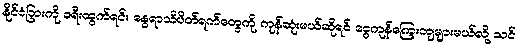
နိုင်ငံခြားကို ခရီးထွက်ရင်း နွေရာသီပိတ်ရက်တွေကို ကုန်ဆုံးမယ်ဆိုရင် ငွေကုန်ကြေးကျများမယ်လို့ သင်